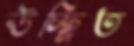
উচ্ছ্রিত